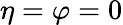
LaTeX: \eta=\varphi=0